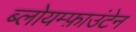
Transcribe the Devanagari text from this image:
ब्लोयम्फ़ाउंटेन